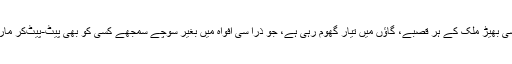
اب ایک ایسی بھیڑ ملک کے ہر قصبے، گاؤں میں تیار گھوم رہی ہے، جو ذرا سی افواہ میں بغیر سوچے سمجھے کسی کو بھی پیٹ-پیٹ‌کر مار ڈالتی ہے۔